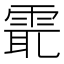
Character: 𩂻